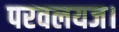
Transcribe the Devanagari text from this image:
परवलयज।